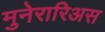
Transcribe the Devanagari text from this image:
मुनेरारिअस